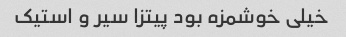
خیلی خوشمزه بود پیتزا سیر و استیک